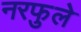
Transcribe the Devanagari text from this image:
नरफुले